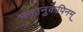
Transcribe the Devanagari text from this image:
भक्तानुकंपिनम्